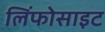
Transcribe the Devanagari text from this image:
लिंफोसाइट